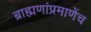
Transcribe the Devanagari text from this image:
ब्राह्मणांप्रमाणेंच